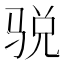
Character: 𱅙